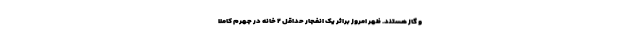
و گاز هستند. ظهر امروز براثر یک انفجار حداقل ۲ خانه در جهرم کاملا